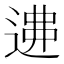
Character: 𨔂